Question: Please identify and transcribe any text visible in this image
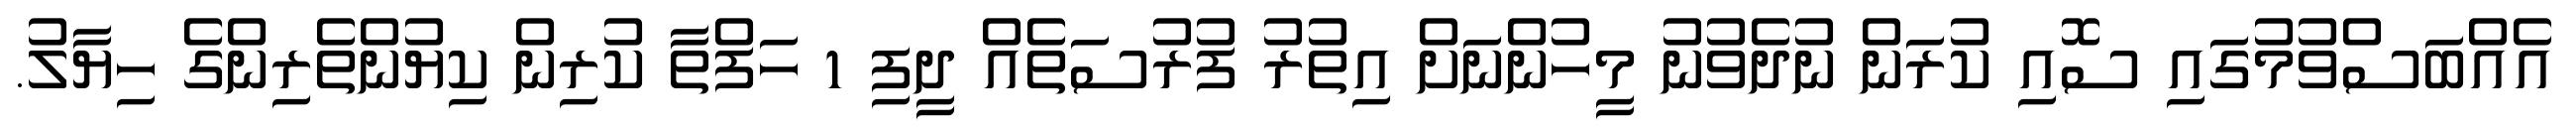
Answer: އެއްބަސްވުމުގައި ސޮއި ކުރަން ނުދެވުނު މީހުންނަށް އިތުރު ފުރުސަތެއް ދީފި 1 ހަފްތާ ކުރިން ކިޔުންތެރިންގެ ހިޔާލު.